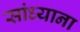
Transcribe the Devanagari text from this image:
सांध्याना